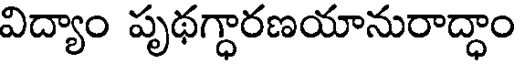
విద్యాం పృథగ్ధారణయానురాద్ధాం